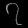
Digit: ၇